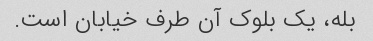
بله، یک بلوک آن طرف خیابان است.